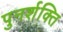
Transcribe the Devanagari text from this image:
पुनर्शक्ति